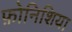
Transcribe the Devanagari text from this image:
फ़ोनिशिया